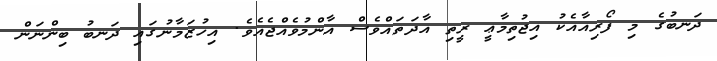
ދަނބުގެ މި ފޯރިއާއެކު އިޖުތިމާޢީ ރީތި އާދަތައްވެސް އާންމުވެއްޖެއެވެ. އިހުޒަމާނުގައި ދަނބު ބިންނަން